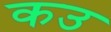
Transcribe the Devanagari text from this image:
कउ